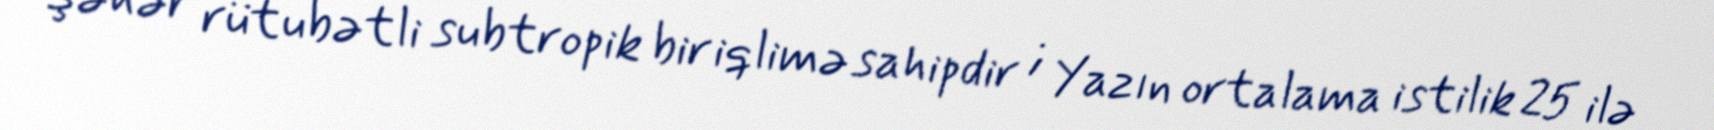
Şəhər rütubətli subtropik bir iqlimə sahipdir ; Yazın ortalama istilik 25 ilə